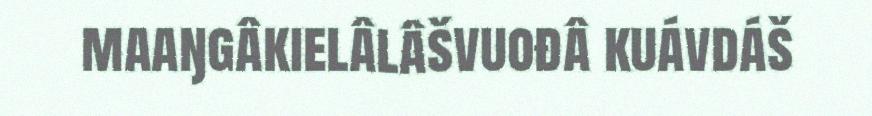
maaŋgâkielâlâšvuođâ kuávdáš